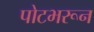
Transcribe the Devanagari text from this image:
पोटभरून